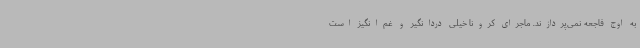
به اوج فاجعه نمی‌پردازند. ماجرای کرونا خیلی دردانگیر و غم‌انگیز است